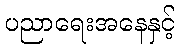
ပညာရေးအနေနှင့်